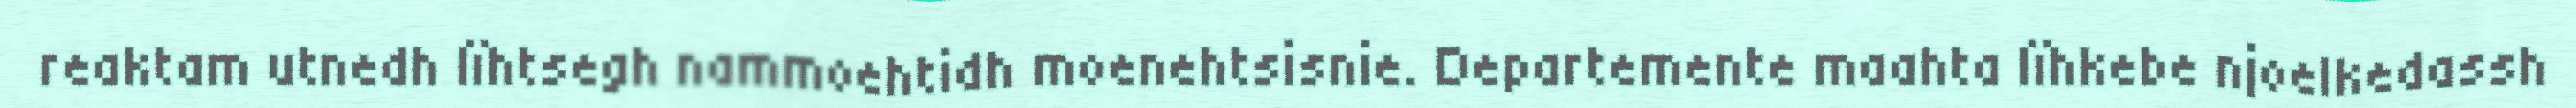
reaktam utnedh lïhtsegh nammoehtidh moenehtsisnie. Departemente maahta lïhkebe njoelkedassh